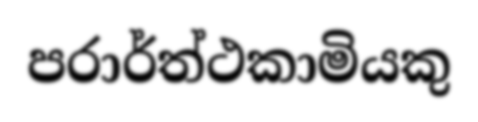
පරාර්ත්ථකාමියකු